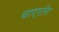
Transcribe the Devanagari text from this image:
चाएरॉन